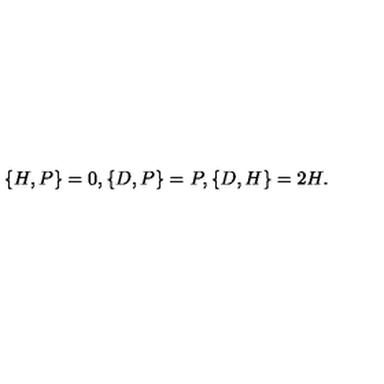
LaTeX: \{ H , P \} = 0 , \{ D , P \} = P , \{ D , H \} = 2 H .